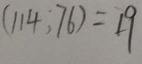
( 1 1 4 , 7 6 ) = 1 9